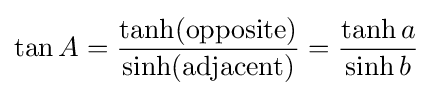
\tan A={\frac {\textrm {tanh(opposite)}}{\textrm {sinh(adjacent)}}}={\frac {\tanh a}{\,\sinh b\,}}